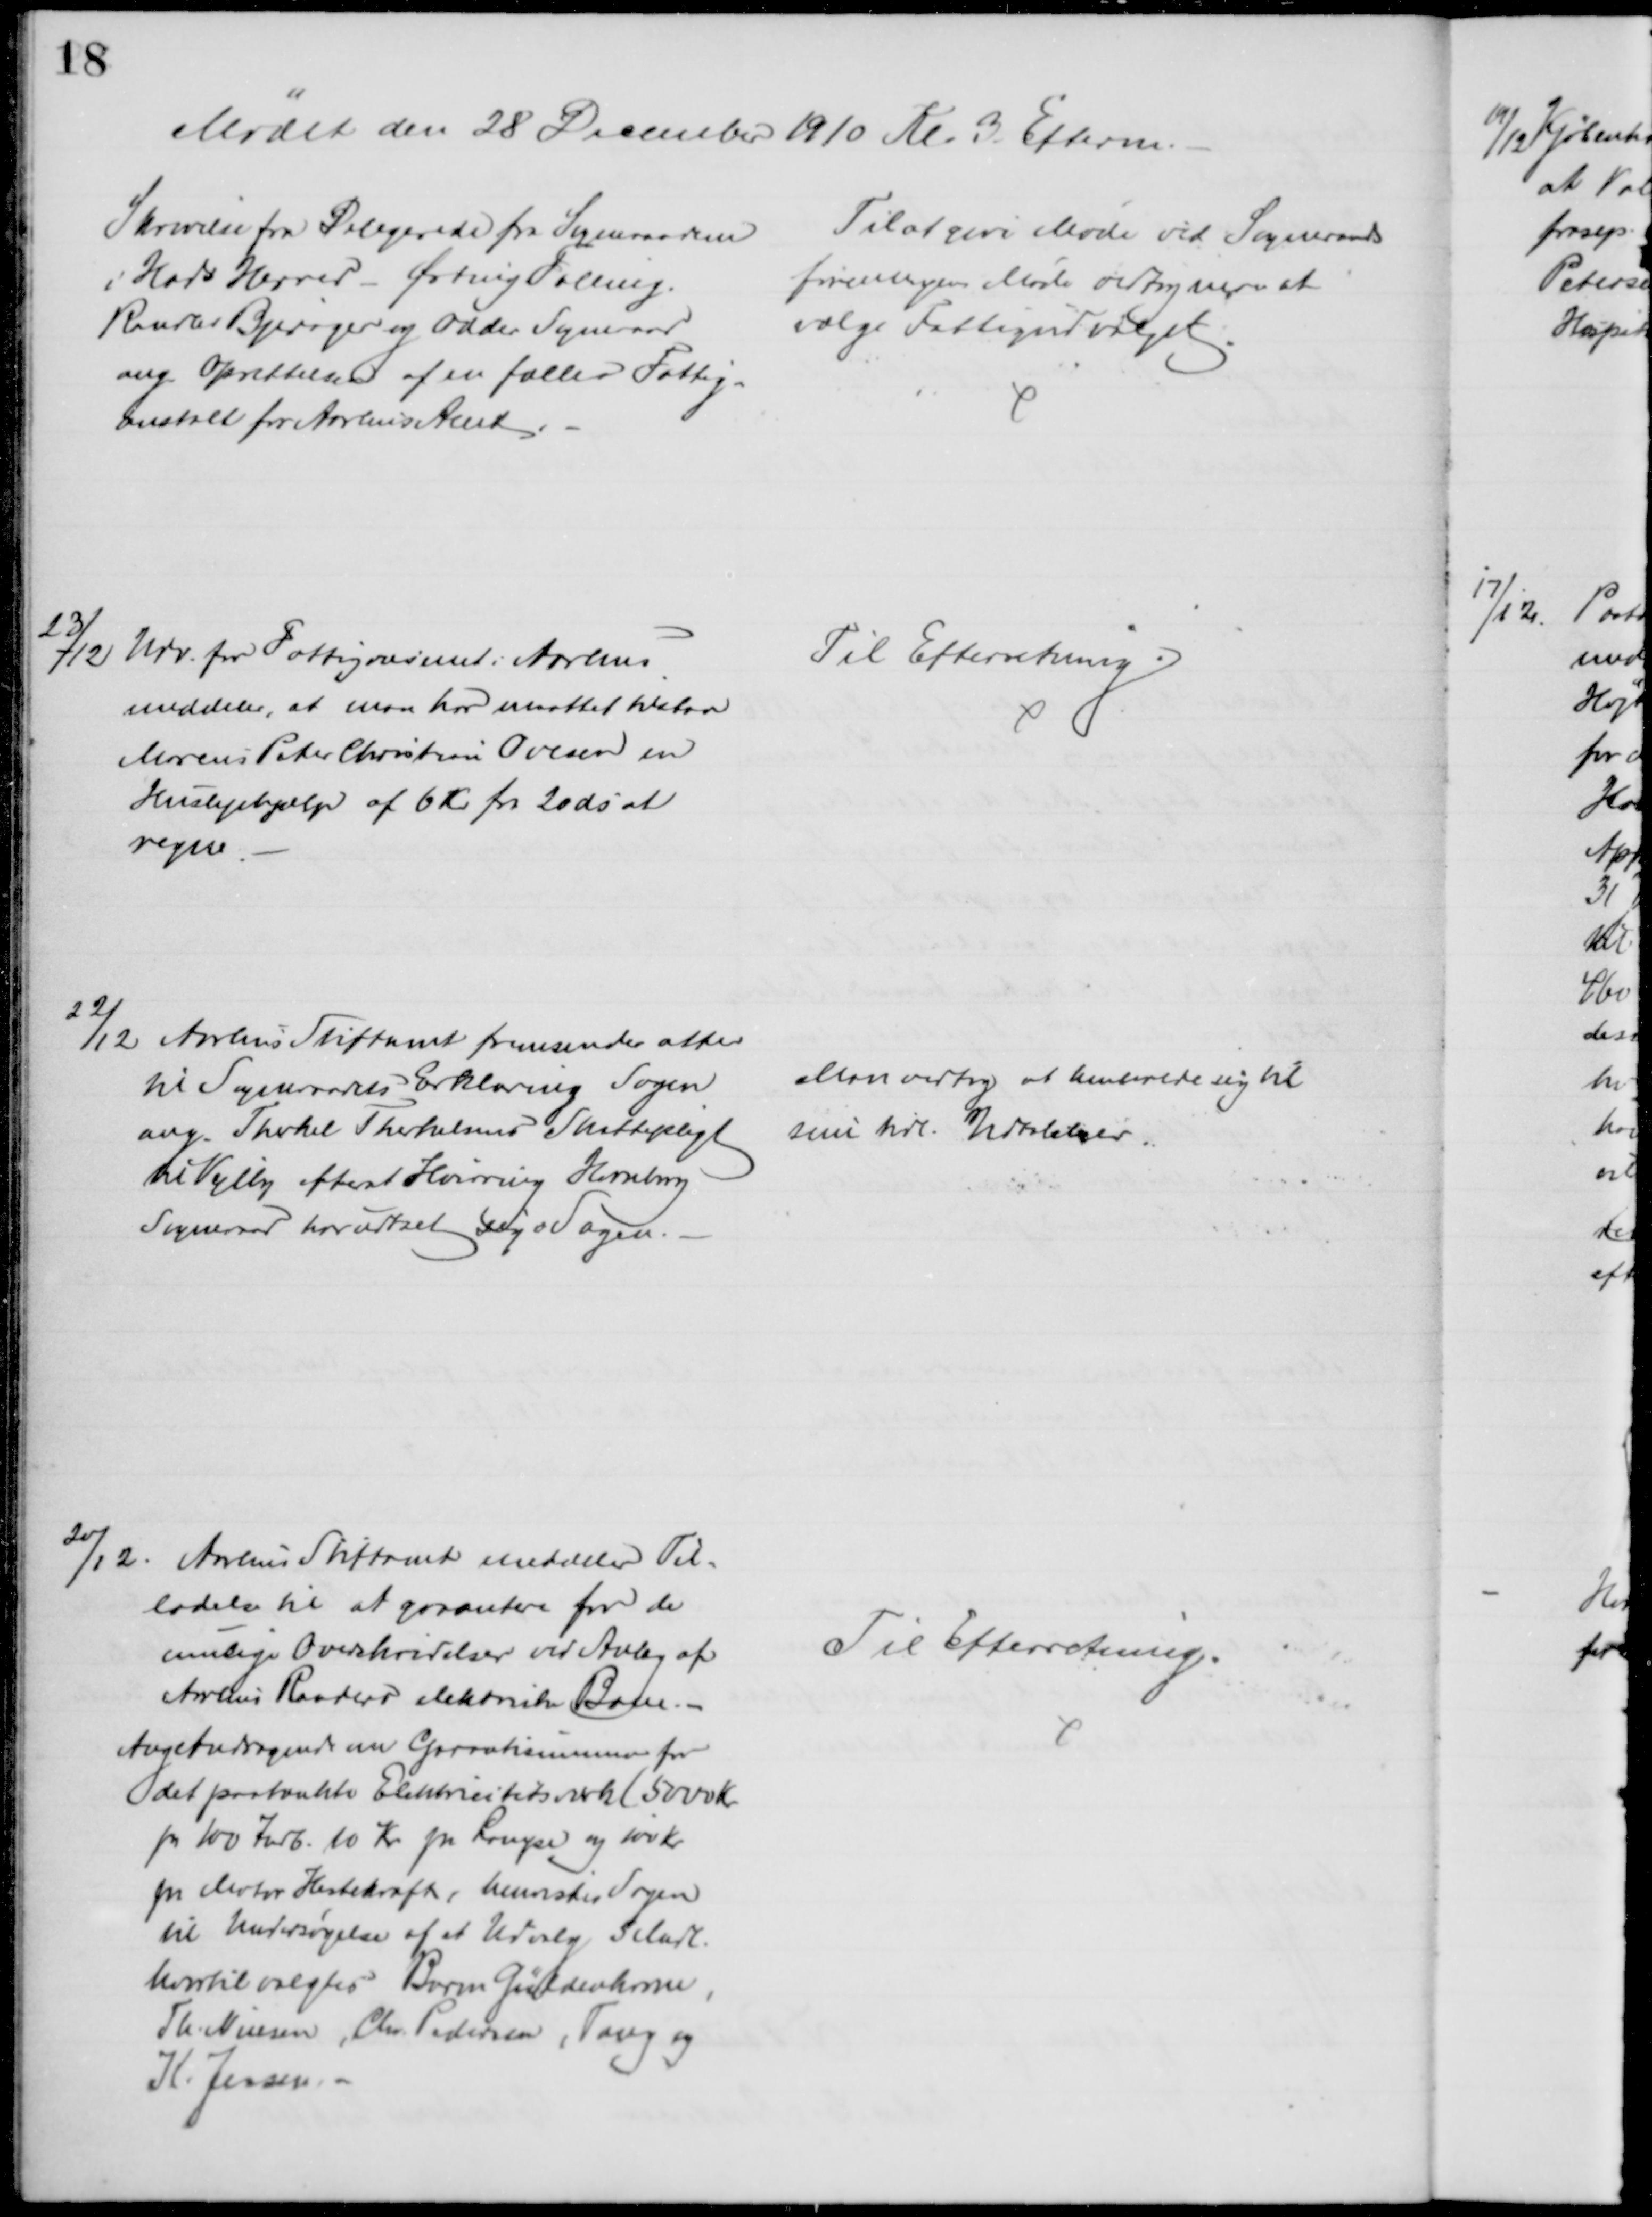
Transskription:
Mødet den 28 December 1910 Kl. 3 Efterm.
Skrivelse fra Delegerede fra Sogneraadene
i Hads Herred - Ørting Falling.
Randlev Bjerager og Odder Sogneraad
ang Oprettelsen af en fælles Fattig=
anstalt for Aarhus Amt.
Til at give Møde ved Sogneraads
foreningens Møde vedtog man at
vælge Fattigudvalget.
23/12 Udv. for Fattigvæsenet i Aarhus
meddeler, at man har maattet tilstaa
Marcus Peter Christian Ovesen en
Huslejehjælp af 6 Kr fra 20 ds at
regne.
Til Efterretning.
22/12 Aarhus Stiftamt fremsender atter
til Sogneraadets Erklæring Sagen
ang. Therkel Therkelsens Skattepligt
til Vejlby efter at Hvirring Hornborg
Sogneraad har udtalt sig o Sagen.
Man vedtog at henholde sig til
sine tidl. Udtalelser.
20/12. Aarhus Stiftamt meddeler Til=
ladelse til at garantere for de
mulige Overskrivelser ved Anlæg af
Arhus Randers elektriske Bane.
Ang Andragende om Garantisummen for
det paatænkte Elektricitetsværk (5000 Kr. 
pr 100 Indb. 10 Kr pr Longse og 100 Kr.
pr Motor Hestekraft, henvistes Sagen
til Undersøgelse af et Udvalg 5 Mdl.
hvortil valgtes Baron Güldenkrone,
Th. Nielsen, Chr. Pedersen, Tang og
K. Jensen.
Til Efterretning.